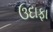
ઉદાફા